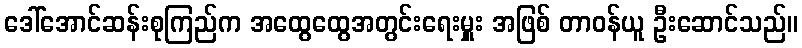
ဒေါ်အောင်ဆန်းစုကြည်က အထွေထွေအတွင်းရေးမှူး အဖြစ် တာဝန်ယူ ဦးဆောင်သည်။